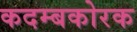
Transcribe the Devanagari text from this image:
कदम्बकोरक